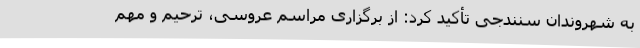
به شهروندان سنندجی تأکید کرد: از برگزاری مراسم عروسی، ترحیم و مهم